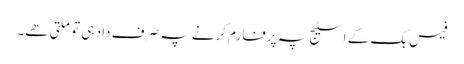
فیس بک کے اسٹیج پہ پرفارم کرنے پہ صرف داد ہی تو ملتی ھے۔